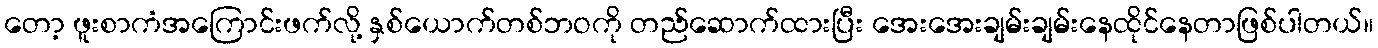
တော့ ဖူးစာကံအကြောင်းဖက်လို့ နှစ်ယောက်တစ်ဘဝကို တည်ဆောက်ထားပြီး အေးအေးချမ်းချမ်းနေထိုင်နေတာဖြစ်ပါတယ်။